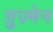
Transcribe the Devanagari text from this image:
ग़ुज़्मेन